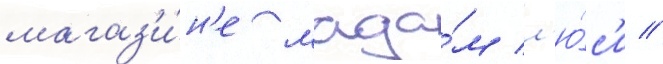
магаз'и́н'е мада́м л'ю́с'и /